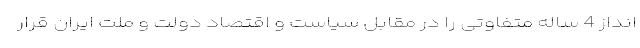
انداز 4 ساله متفاوتی را در مقابل سیاست و اقتصاد دولت و ملت ایران قرار